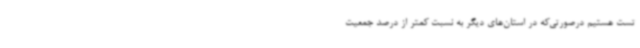
تست هستیم درصورتی‌که در استان‌های دیگر به نسبت کمتر از درصد جمعیت